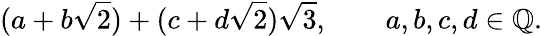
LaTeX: (a+b{\sqrt{2}})+(c+d{\sqrt{2}}){\sqrt{3}},\qquad a,b,c,d\in\mathbb{Q}.